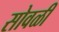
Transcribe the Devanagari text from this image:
सोवळी